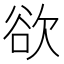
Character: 欲